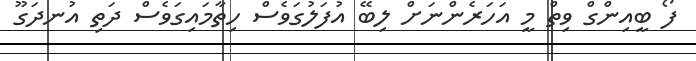
ފޯ ބީއިންގް ވިތް މީ އަހަރެންނަށް ލިބޭ އުފަލުގަވެސް ހިތާމައިގަވެސް ދަތި އުނދަގޫ